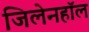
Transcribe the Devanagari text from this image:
जिलेनहॉल